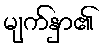
မျက်နှာ၏